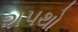
શપથો